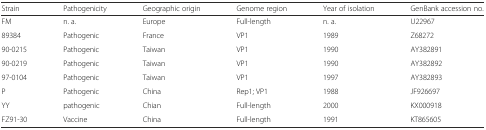
<table><thead><tr><td><b>Strain</b></td><td><b>Pathogenicity</b></td><td><b>Geographic origin</b></td><td><b>Genome region</b></td><td><b>Year of isolation</b></td><td><b>GenBank accession no.</b></td></tr></thead><tbody><tr><td>FM</td><td>n. a.</td><td>Europe</td><td>Full-length</td><td>n. a.</td><td>U22967</td></tr><tr><td>89384</td><td>Pathogenic</td><td>France</td><td>VP1</td><td>1989</td><td>Z68272</td></tr><tr><td>90-0215</td><td>Pathogenic</td><td>Taiwan</td><td>VP1</td><td>1990</td><td>AY382891</td></tr><tr><td>90-0219</td><td>Pathogenic</td><td>Taiwan</td><td>VP1</td><td>1990</td><td>AY382892</td></tr><tr><td>97-0104</td><td>Pathogenic</td><td>Taiwan</td><td>VP1</td><td>1997</td><td>AY382893</td></tr><tr><td>P</td><td>Pathogenic</td><td>China</td><td>Rep1; VP1</td><td>1988</td><td>JF926697</td></tr><tr><td>YY</td><td>pathogenic</td><td>Chian</td><td>Full-length</td><td>2000</td><td>KX000918</td></tr><tr><td>FZ91-30</td><td>Vaccine</td><td>China</td><td>Full-length</td><td>1991</td><td>KT865605</td></tr></tbody></table>